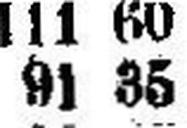
91 35